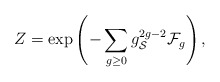
\begin{align*}Z=\exp\left(-\sum_{g\geq0}g_{\cal S}^{2g-2}{\cal F}_g\right),\end{align*}